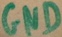
Text: GND